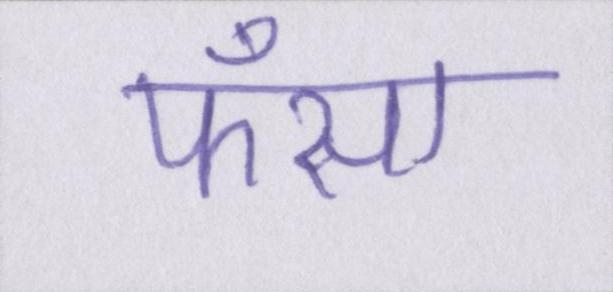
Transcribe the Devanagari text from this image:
फँसा